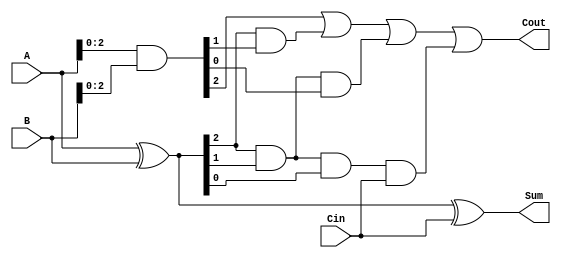
`timescale 1ns / 1ps

//
//////////////////////////////////////////////////////////////////////////////////
module CLA(input [3:0] A,
  input [3:0] B,
  input Cin,
  output [3:0] Sum,
  output Cout
);
wire [3:0] P, G;
  wire [3:0] C;

  assign P = A ^ B;
  assign G = A & B;

  assign C[0] = Cin;
  assign C[1] = G[0] | (P[0] & Cin);
  assign C[2] = G[1] | (P[1] & G[0]) | (P[1] & P[0] & Cin);
  assign C[3] = G[2] | (P[2] & G[1]) | (P[2] & P[1] & G[0]) | (P[2] & P[1] & P[0] & Cin);
  assign Sum = P ^ Cin;
  assign Cout = C[3];


endmodule